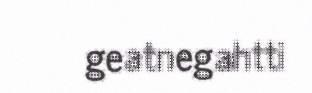
geatnegahtti